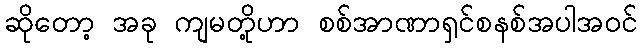
ဆိုတော့ အခု ကျမတို့ဟာ စစ်အာဏာရှင်စနစ်အပါအဝင်